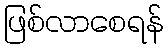
ဖြစ်လာစေရန်